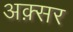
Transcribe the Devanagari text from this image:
अक़्सर